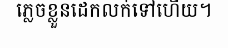
ភ្លេចខ្លួនដេកលក់ទៅហើយ។